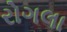
રોગલા